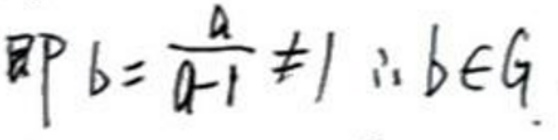
即\(b = \frac{a}{a - 1} \neq 1\)，\(\therefore b\in G\)。